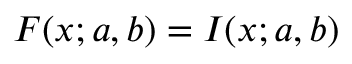
F ( x ; a , b ) = I ( x ; a , b )